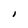
Character: I